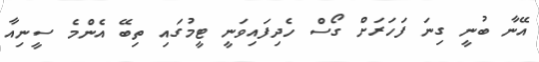
އޭނާ ބުނީ ގިނަ ފަހަރަށް ގޯސް ހެދިފައިވަނީ ޓީމުގައި ތިބޭ އެންމެ ސީނިއާ